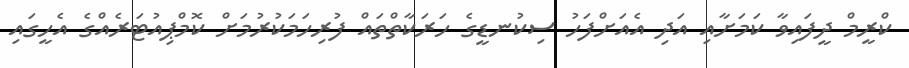
ކްރީމް ދީފައިވާ ކަމަށާއި އަދި އެއަށްފަހު ސިކުނޑީގެ ހަރަކާތްތައް ފުރިހަމަކުރުމަށް ކޮމްޕިއުޓަރެއްގެ އެހީގައި